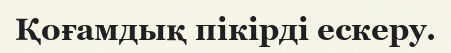
Қоғамдық пікірді ескеру.